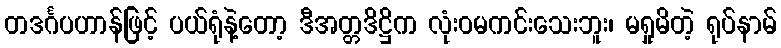
တဒင်္ဂပဟာန်ဖြင့် ပယ်ရုံနဲ့တော့ ဒီအတ္တဒိဋ္ဌိက လုံးဝမကင်းသေးဘူး၊ မရှုမိတဲ့ ရုပ်နာမ်